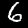
Label: 6